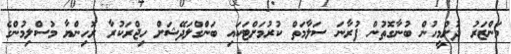
މަންޒަރު ދުށްމީހުން ބުނާގޮތުން ފުރާނަ ސަލާމަތް ކުރުމަށްޓަކައި ބަންގްލަދޭޝަށް ހިޖްރަކުރާ ރޮހިންޔާ މުސްލިމުންގެ